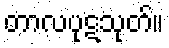
တာလပုဋသုတ်။